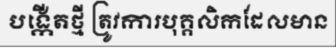
បង្កើតថ្មី ត្រូវការបុគ្គលិកដែលមាន